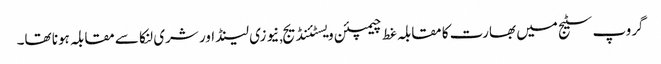
گروپ سٹیج میں بھارت کا مقابلہ غط چیمپئن ویسٹئنڈیج,نیوزی لینڈ اور شری لنکا سے مقابلہ ہونا تھا۔